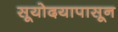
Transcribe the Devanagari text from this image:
सूयोदयापासून